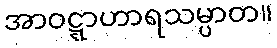
အာဝဋ္ဋာဟာရသမ္ပာတ။